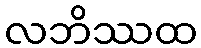
လဘိဿထ